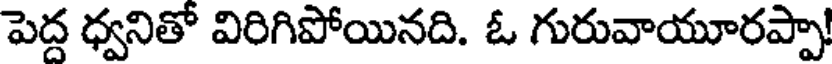
పెద్ద ధ్వనితో విరిగిపోయినది. ఓ గురువాయూరప్పా!